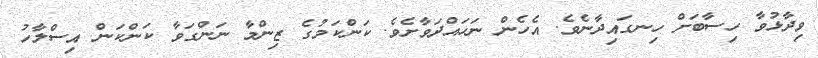
ވިދާޅުވާ ހިސާބަށް ހިނގައިދާނެވެ. އެހެން ނަހައްދަވާށެވެ. ކަންކަމުގެ ޒިންމާ ނަންގަވާ ކަންކަން އިސްލާހު